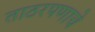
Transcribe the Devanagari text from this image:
ताठरपणाचे